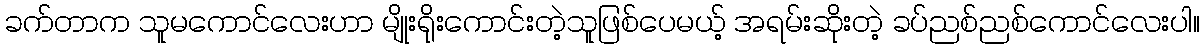
ခက်တာက သူမကောင်လေးဟာ မျိုးရိုးကောင်းတဲ့သူဖြစ်ပေမယ့် အရမ်းဆိုးတဲ့ ခပ်ညစ်ညစ်ကောင်လေးပါ။